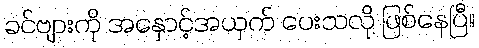
ခင်ဗျားကို အနှောင့်အယှက် ပေးသလို ဖြစ်နေပြီ။